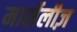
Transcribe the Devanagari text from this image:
मार्सेलीज़